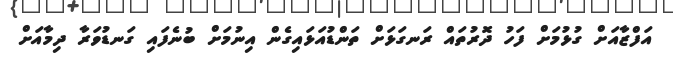
އަފްޒާއަށް ގުޅުމަށް ފަހު ދޮރުތައް ރަނގަޅަށް ތަންޑުއަޅައިގެން އިނުމަށް ބުނެފައި ގަނޑުވަރާ ދިމާއަށް